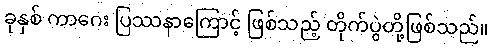
ခုနှစ် ကာဂေး ပြဿနာကြောင့် ဖြစ်သည့် တိုက်ပွဲတို့ဖြစ်သည်။